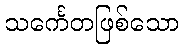
သင်္ကေတဖြစ်သော